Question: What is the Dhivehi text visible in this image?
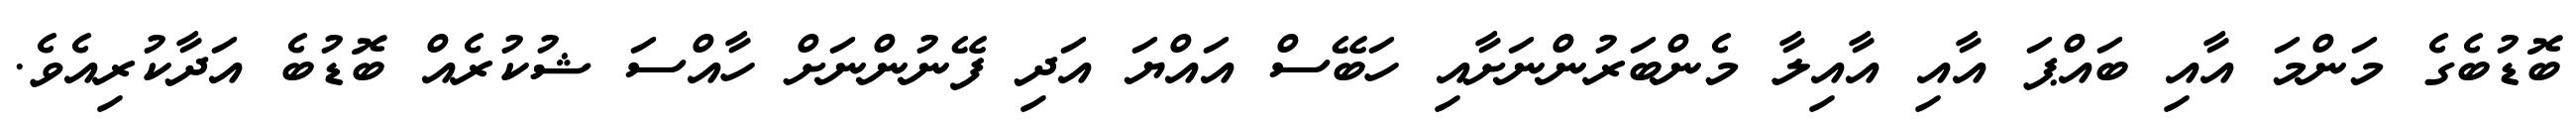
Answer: ބޮޑުބެގެ މަންމަ އާއި ބައްޕަ އާއި އާއިލާ މެންބަރުންނަށާއި ހަބޭސް އައްޔަ އަދި ފޭނުންނަށް ހާއްސަ ޝުކުރެއް ބޮޑުބެ އަދާކުރިއެވެ.